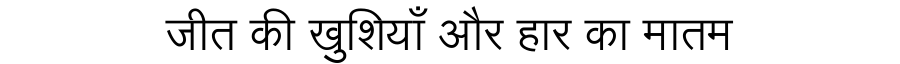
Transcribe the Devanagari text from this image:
जीत की खुशियाँ और हार का मातम